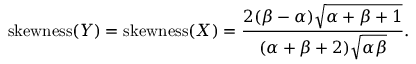
{ \mathrm { s k e w n e s s } } ( Y ) = { \mathrm { s k e w n e s s } } ( X ) = { \frac { 2 ( \beta - \alpha ) { \sqrt { \alpha + \beta + 1 } } } { ( \alpha + \beta + 2 ) { \sqrt { \alpha \beta } } } } .